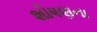
શોષણના